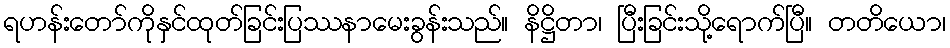
ရဟန်းတော်ကိုနှင်ထုတ်ခြင်းပြဿနာမေးခွန်းသည်။ နိဋ္ဌိတာ၊ ပြီးခြင်းသို့ရောက်ပြီ။ တတိယော၊